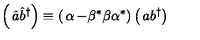
\left( \begin{matrix} { { \hat { a } } } \\ { { \hat { b } } ^ { \dagger } } \\ \end{matrix} \right) \equiv \left( \begin{matrix} { \alpha } & { - \beta ^ { * } } \\ { \beta } & { \alpha ^ { * } } \\ \end{matrix} \right) \left( \begin{matrix} { a } \\ { b ^ { \dagger } } \\ \end{matrix} \right)